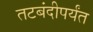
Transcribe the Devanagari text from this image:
तटबंदीपर्यंत